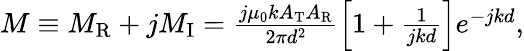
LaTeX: \begin{array}{r}{M\equiv M_{\mathrm{R}}+jM_{\mathrm{I}}=\frac{j\mu_{0}kA_{\mathrm{T}}A_{\mathrm{R}}}{2\pi d^{2}}\left[1+\frac{1}{jkd}\right]e^{-jkd},}\end{array}